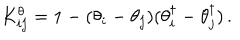
K _ { i j } ^ { \theta } = 1 - ( \theta _ { i } - \theta _ { j } ) ( \theta _ { i } ^ { \dagger } - \theta _ { j } ^ { \dagger } ) \, .